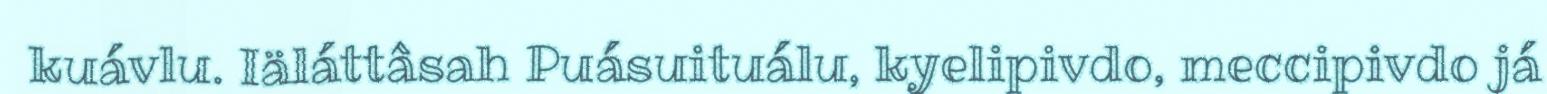
kuávlu. Iäláttâsah Puásuituálu, kyelipivdo, meccipivdo já